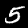
Digit: 5